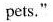
pets."